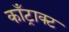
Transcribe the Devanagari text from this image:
काँट्राक्ट